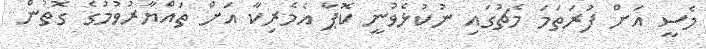
މެސީ އަށް ފުރަތަމަ މެޗުގައި ނުކުޅެވުނީ ކޮޕާ އެމެރިކާ އަށް ތައްޔާރުވުމުގެ ގޮތުން